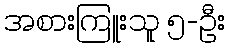
အစားကြူးသူ ၅-ဦး